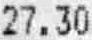
27.30